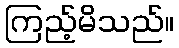
ကြည့်မိသည်။